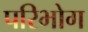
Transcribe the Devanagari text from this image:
परिभोग